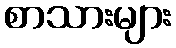
စာသားများ